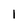
Character: 1